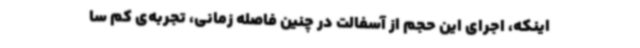
اینکه، اجرای این حجم از آسفالت در چنین فاصله زمانی، تجربه‌ی کم سا